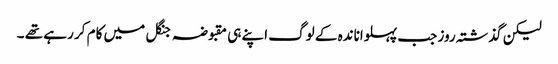
لیکن گذشتہ روز جب پہلواناندہ کے لوگ اپنے ہی مقبوضہ جنگل میں کام کر رہے تھے ۔